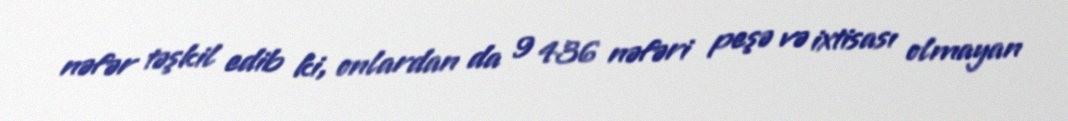
nəfər təşkil edib ki, onlardan da 9 436 nəfəri peşə və ixtisası olmayan